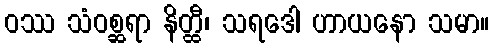
ဝဿ သံဝစ္ဆရာ နိတ္ထီ၊ သရဒေါ ဟာယနော သမာ။